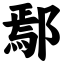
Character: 鄢